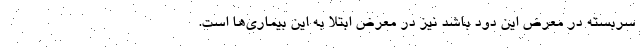
سربسته در معرض این دود باشد نیز در معرض ابتلا به این بیماری‌ها است.